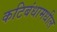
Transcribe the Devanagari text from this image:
कटिबंधामधील